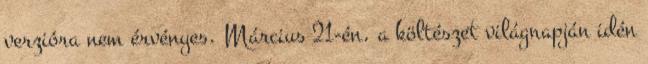
verzióra nem érvényes. Március 21-én, a költészet világnapján idén